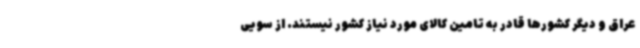
عراق و دیگر کشورها قادر به تامین کالای مورد نیاز کشور نیستند. از سویی